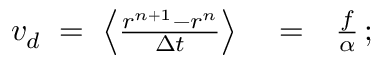
\begin{array} { r l r } { v _ { d } \; = \; \left\langle \frac { r ^ { n + 1 } - r ^ { n } } { \Delta { t } } \right\rangle } & { { } = } & { \frac { f } { \alpha } \, ; } \end{array}